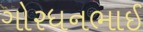
ગોરધનભાઈ